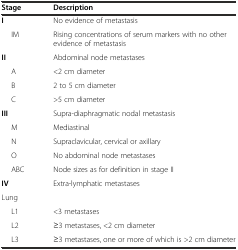
| Stage | Description |
 | --- | --- |
 | I | No evidence of metastasis |
 | IM | Rising concentrations of serum markers with no other evidence of metastasis |
 | II | Abdominal node metastases |
 | A | <2 cm diameter |
 | B | 2 to 5 cm diameter |
 | C | >5 cm diameter |
 | III | Supra-diaphragmatic nodal metastasis |
 | M | Mediastinal |
 | N | Supraclavicular, cervical or axillary |
 | O | No abdominal node metastases |
 | ABC | Node sizes as for definition in stage II |
 | IV | Extra-lymphatic metastases |
 | Lung |  |
 | L1 | <3 metastases |
 | L2 | ≥3 metastases, <2 cm diameter |
 | L3 | ≥3 metastases, one or more of which is >2 cm diameter |